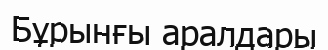
Бұрынғы аралдары